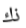
ذك